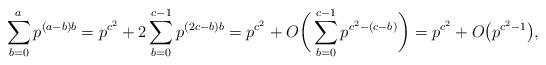
LaTeX: \begin{align*}\sum_{b=0}^a p^{(a-b)b} = p^{c^2} + 2 \sum_{b=0}^{c-1} p^{(2c-b)b} = p^{c^2} + O\bigg( \sum_{b=0}^{c-1} p^{c^2-(c-b)} \bigg) = p^{c^2} + O\big( p^{c^2-1} \big),\end{align*}